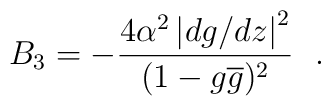
B_{3} =-\frac{4\alpha^{2}\left| dg/dz \right|^{2}}{(1-g\overline{g})^{2}}~~.